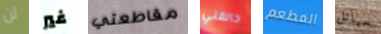
لن غير مقاطعتي حالفني المطعم سياتل